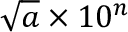
{ \sqrt { a } } \times 1 0 ^ { n }